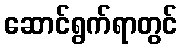
ဆောင်ရွက်ရာတွင်